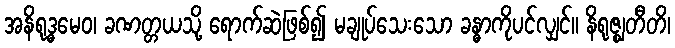
အနိရုဒ္ဓမေဝ၊ ခဏတ္တယသို့ ရောက်ဆဲဖြစ်၍ မချုပ်သေးသော ခန္ဓာကိုပင်လျှင်။ နိရုဇ္ဈတီတိ၊